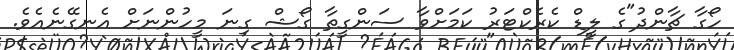
ހޯގާ ޗާންދު"ގެ ލީޑް ކެރެކްޓަރު ކަމަށްވާ ސަންގީތާ ގޯޝް ގިނަ މީހުންނަށް އެނގޭނެއެވެ.